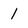
Character: 1